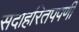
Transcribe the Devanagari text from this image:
सदाहरितपपर्णी